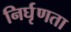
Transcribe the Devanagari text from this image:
निर्घृणता